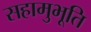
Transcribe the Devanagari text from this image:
सहामुभूति